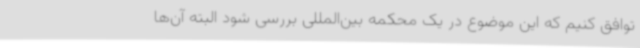
توافق کنیم که این موضوع در یک محکمه بین‌المللی بررسی شود البته آن‌ها